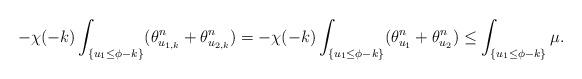
LaTeX: \begin{align*}-\chi(-k)\int_{\{u_1 \le \phi -k\}} (\theta_{u_{1,k}}^n + \theta_{u_{2,k}}^n)= -\chi(-k)\int_{\{u_1 \le \phi -k\}} (\theta_{u_{1}}^n + \theta_{u_{2}}^n)\leq \int_{\{u_1 \le \phi -k\}}\mu.\end{align*}